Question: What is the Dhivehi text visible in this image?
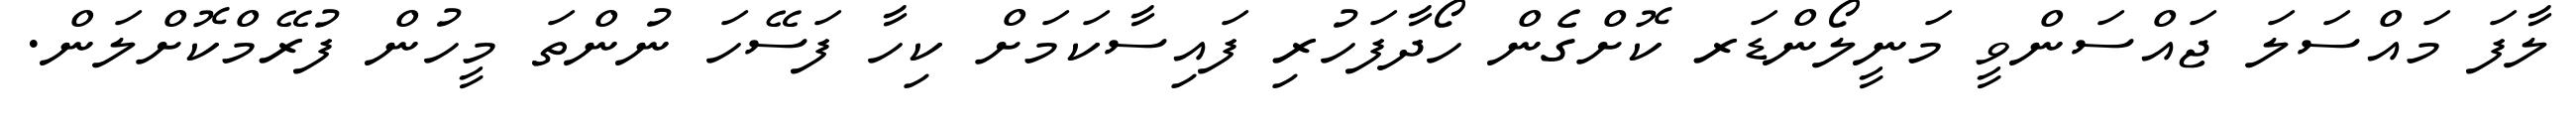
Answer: ލާފަ މައްސަލަ ޖައްސަންވީ މަނީލޯންޑަރ ކޮށްގެން ހޯދާފަހުރި ފައިސާކަމަށް ކިހާ ފަސޭހަ ނުންތަ މީހުން ފުރޭމްކޮށްލަން.